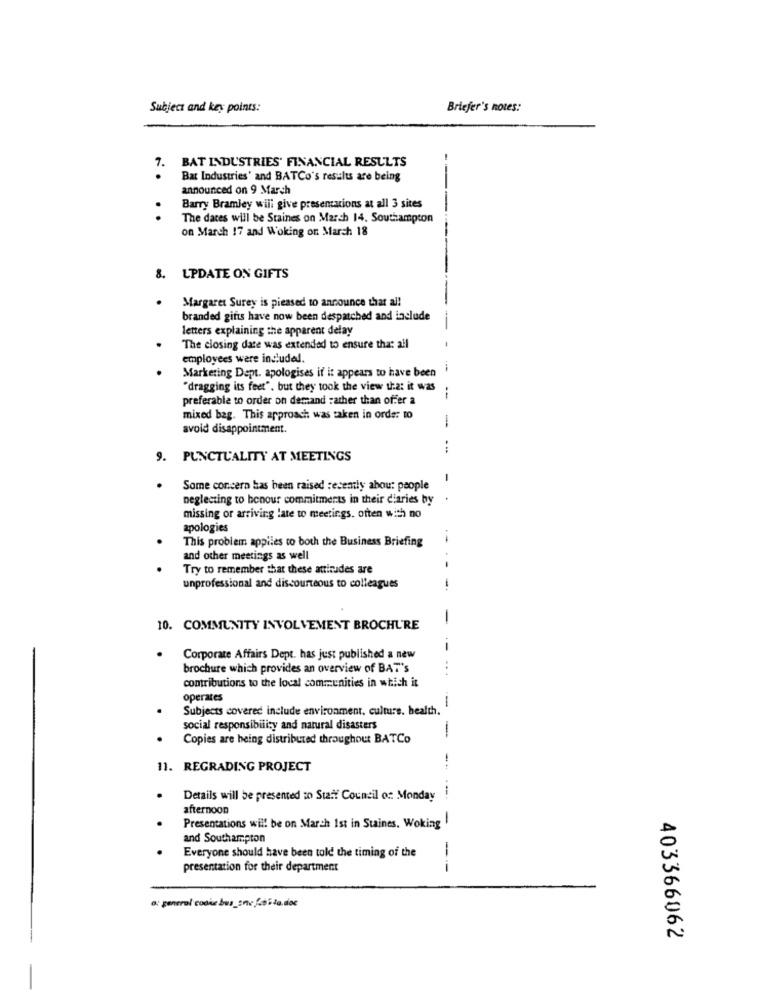
Subject and key points:
Briefer's notes:
7.
BAT INDUSTRIES' FINANCIAL RESULTS
.
Bat Industries' and BATCo's results are being
announced on 9 March
.
Barry Bramley will give presentations at all 3 sites
The dates will be Staines on March 14. Southampton
on March 17 and Woking or March 18
8. UPDATE ON GIFTS
Margaret Surey is pieased to announce that al!
branded gifts have now been despatched and include
letters explaining the apparent delay
-
The closing date was extended to ensure that all
-
employees were includel.
Marketing Dept. apologises if it appears to have been
"dragging its feet". but they took the view that it was
preferable to order on demand rather than offer a
mixed bag. This approach was taken in order to
avoid disappointment.
-
9. PUNCTUALITY AT MEETINGS
-
Some concern has been raised recently abou: people
neglecting to honour commitments in their diaries by
missing or arriving late to meetings. often with no
apologies
This problem applies to both the Business Briefing
and other meetings as well
.
Try to remember that these attitudes are
unprofessional and discourteous to colleagues
-
10. COMMUNITY INVOLVEMENT BROCHURE
Corporate Affairs Dept. has just published a new
brochure which provides an overview of BAT's
.. .
contributions to the local communities in which it
operates
Subjects covered include environment, culture. health.
social responsibility and natural disasters
-
. .
Copies are being distributed throughout BATCo
-.
11. REGRADING PROJECT
Details will be presented to Start Council on Monday
afternoon
Presentations will be on March Ist in Staines. Woking
and Southampton
Everyone should have been told the timing of the
presentation for their department
---
a: general codie bus_sncf.05ta.doc
403366062